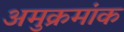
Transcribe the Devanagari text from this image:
अमुक्रमांक